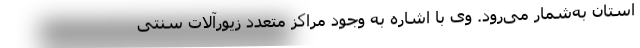
استان به‌شمار می‌رود. وی با اشاره به وجود مراکز متعدد زیورآلات سنتی